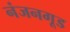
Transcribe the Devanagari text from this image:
नंजनगूड